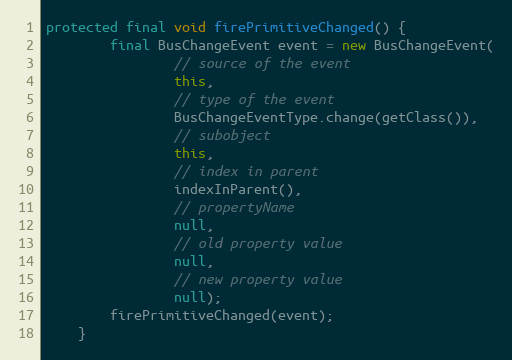
Language: Java
protected final void firePrimitiveChanged() {
		final BusChangeEvent event = new BusChangeEvent(
				// source of the event
				this,
				// type of the event
				BusChangeEventType.change(getClass()),
				// subobject
				this,
				// index in parent
				indexInParent(),
				// propertyName
				null,
				// old property value
				null,
				// new property value
				null);
		firePrimitiveChanged(event);
	}